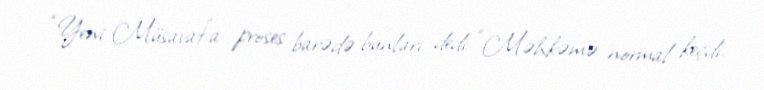
“Yeni Müsavat”a proses barədə bunları dedi: “Məhkəmə normal keçdi.